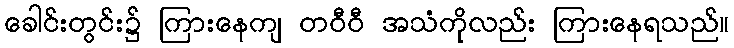
ခေါင်းတွင်း၌ ကြားနေကျ တဝီဝီ အသံကိုလည်း ကြားနေရသည်။